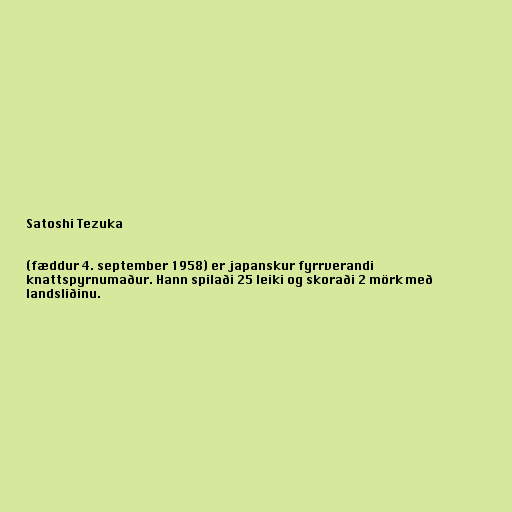
Satoshi Tezuka

(fæddur 4. september 1958) er japanskur fyrrverandi
knattspyrnumaður. Hann spilaði 25 leiki og skoraði 2 mörk með
landsliðinu.